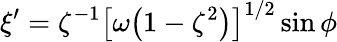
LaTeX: \xi^{\prime}=\zeta^{-1}\bigl[\omega\bigl(1-\zeta^{2}\bigr)\bigr]^{1/2}\sin\phi